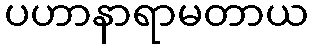
ပဟာနာရာမတာယ